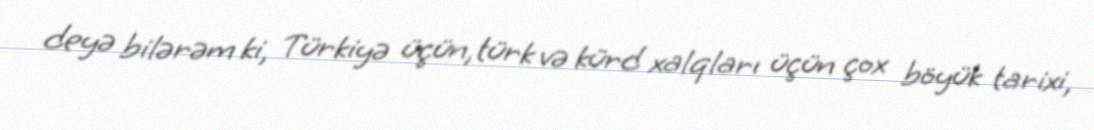
deyə bilərəm ki, Türkiyə üçün, türk və kürd xalqları üçün çox böyük tarixi,